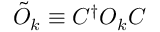
\tilde { O } _ { k } \equiv C ^ { \dagger } O _ { k } C